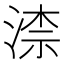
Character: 渿